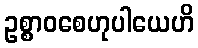
ဥစ္စာဝစေဟုပါယေဟိ